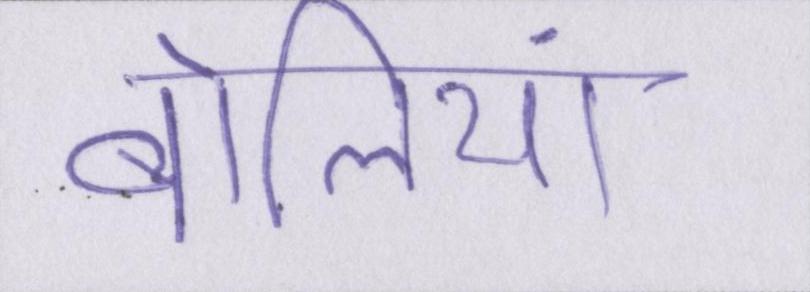
बोलियां